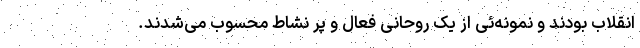
انقلاب بودند و نمونه‌ئی از یک روحانی فعال و پر نشاط محسوب می‌شدند.